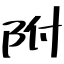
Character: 附